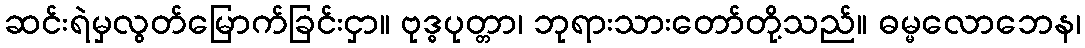
ဆင်းရဲမှလွတ်မြောက်ခြင်းငှာ။ ဗုဒ္ဓပုတ္တာ၊ ဘုရားသားတော်တို့သည်။ ဓမ္မလောဘေန၊